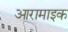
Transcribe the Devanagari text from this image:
आरामाइक